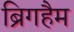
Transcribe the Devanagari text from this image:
ब्रिगहैम